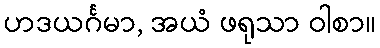
ဟဒယင်္ဂမာ, အယံ ဖရုသာ ဝါစာ။